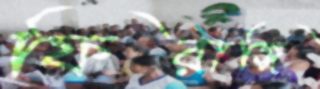
ফিরাঙ্গি